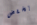
يخفض